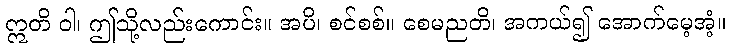
ဣတိ ဝါ၊ ဤသို့လည်းကောင်း။ အပိ၊ စင်စစ်။ စေမညတိ၊ အကယ်၍ အောက်မေ့အံ့။